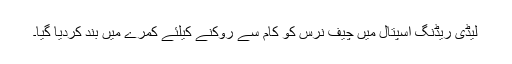
لیڈی ریڈنگ اسپتال میں چیف نرس کو کام سے روکنے کیلئے کمرے میں بند کردیا گیا۔